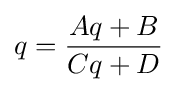
q={\frac {Aq+B}{Cq+D}}